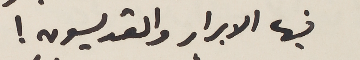
فيها الابرار والقديسون!